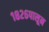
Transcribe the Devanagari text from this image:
१८२६पासून